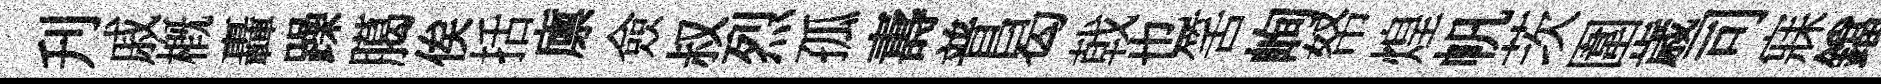
刋戚概轟躁臈俟括廪僉叔烈孤夀普曷戟也筈峋帑煌帆茨圍歳司寐鐺